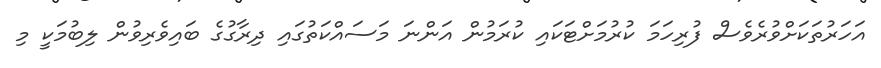
އަހަރުތަކަށްވުރެވެސް ފުރިހަމަ ކުރުމަށްޓަކައި ކުރަމުން އަންނަ މަސައްކަތުގައި ދިރާގުގެ ބައިވެރިވުން ލިބުމަކީ މި